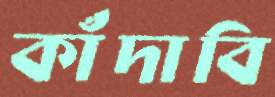
কাঁদাবি